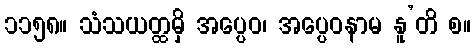
၁၁၅၈။ သံသယတ္ထမှိ အပ္ပေဝ၊ အပ္ပေဝနာမ နူ’တိ စ။